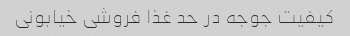
کیفیت جوجه در حد غذا فروشی خیابونی